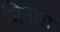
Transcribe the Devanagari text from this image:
मिनारा